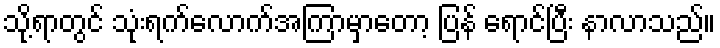
သို့ရာတွင် သုံးရက်လောက်အကြာမှာတော့ ပြန် ရောင်ပြီး နာလာသည်။